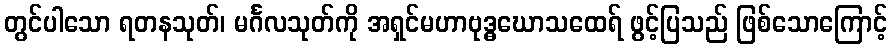
တွင်ပါသော ရတနသုတ်၊ မင်္ဂလသုတ်ကို အရှင်မဟာဗုဒ္ဓဃောသထေရ် ဖွင့်ပြသည် ဖြစ်သောကြောင့်